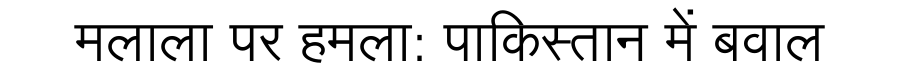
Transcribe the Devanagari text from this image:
मलाला पर हमला: पाकिस्तान में बवाल